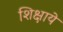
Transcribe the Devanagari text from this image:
शिक्षाये